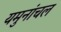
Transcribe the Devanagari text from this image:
यमुनांचल